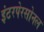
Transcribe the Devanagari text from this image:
इंटरपेरसोनल